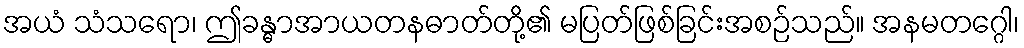
အယံ သံသရော၊ ဤခန္ဓာအာယတနဓာတ်တို့၏ မပြတ်ဖြစ်ခြင်းအစဉ်သည်။ အနမတဂ္ဂေါ၊